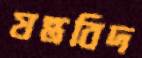
যন্ত্রবিদ